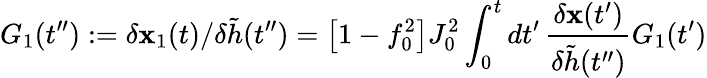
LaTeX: G_{1}(t^{\prime\prime}):=\delta\mathbf{x}_{1}(t)/\delta\tilde{{h}}(t^{\prime\prime})=\big[1-f_{0}^{2}\big]J_{0}^{2}\int_{0}^{t}dt^{\prime}\, \frac{{\delta\mathbf{x}(t^{\prime})}}{{\delta\tilde{{h}}(t^{\prime\prime})}}G_{1}(t^{\prime})